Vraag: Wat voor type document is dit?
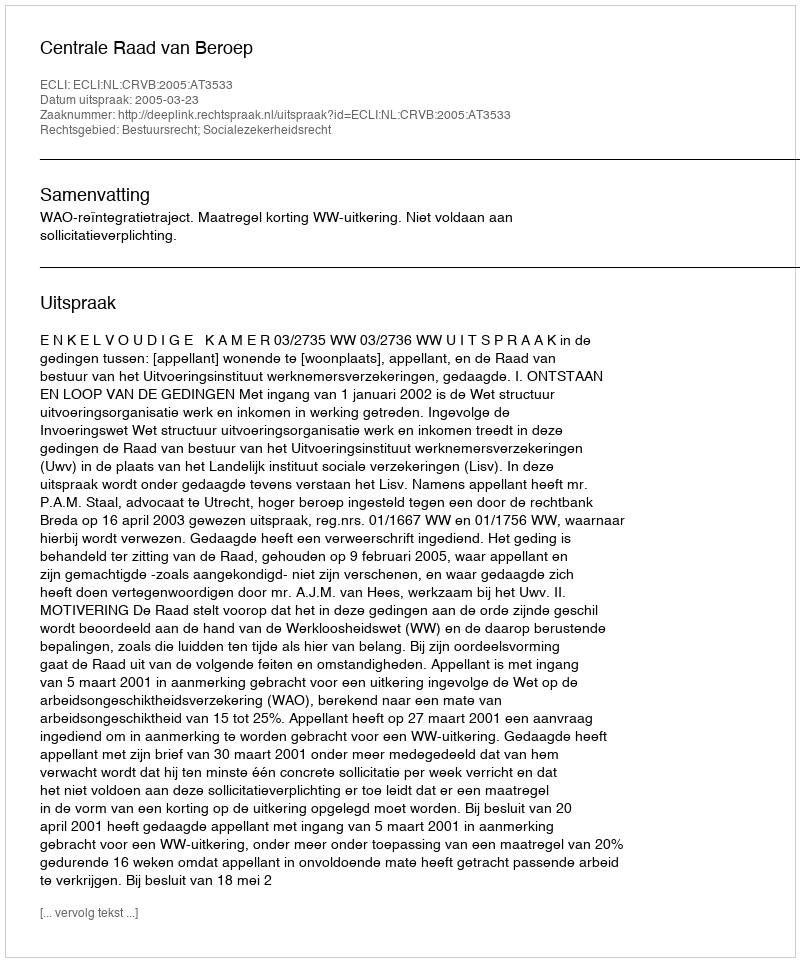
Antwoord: Uitspraak